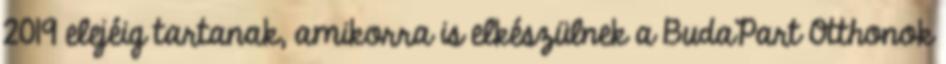
2019 elejéig tartanak, amikorra is elkészülnek a BudaPart Otthonok